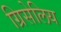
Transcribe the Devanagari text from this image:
ग्रिसेलिय